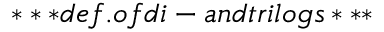
* * * d e f . o f d i - a n d t r i l o g s * * *